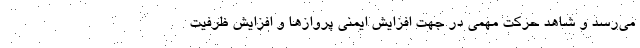
می‌رسد و شاهد حرکت مهمی در جهت افزایش ایمنی پروازها و افزایش ظرفیت